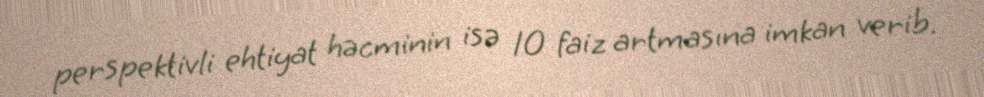
perspektivli ehtiyat həcminin isə 10 faiz artmasına imkan verib.